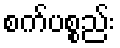
စက်ပစ္စည်း